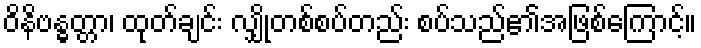
ဝိနိဗန္ဓတ္တာ၊ ထုတ်ချင်း လျှိုတစ်စပ်တည်း စပ်သည်၏အဖြစ်ကြောင့်။